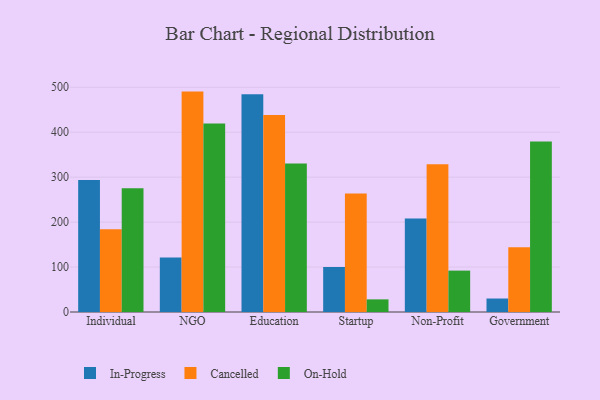
{"axis": {"x": "Segment", "y": "LTV (USD)"}, "legend": ["Cancelled", "In-Progress", "On-Hold"], "data": [{"x": "Individual", "y": 293.6, "type": "In-Progress"}, {"x": "Individual", "y": 183.9, "type": "Cancelled"}, {"x": "Individual", "y": 275.6, "type": "On-Hold"}, {"x": "NGO", "y": 121.1, "type": "In-Progress"}, {"x": "NGO", "y": 490.4, "type": "Cancelled"}, {"x": "NGO", "y": 419.3, "type": "On-Hold"}, {"x": "Education", "y": 484.3, "type": "In-Progress"}, {"x": "Education", "y": 438.2, "type": "Cancelled"}, {"x": "Education", "y": 330.6, "type": "On-Hold"}, {"x": "Startup", "y": 100.0, "type": "In-Progress"}, {"x": "Startup", "y": 263.7, "type": "Cancelled"}, {"x": "Startup", "y": 28.1, "type": "On-Hold"}, {"x": "Non-Profit", "y": 208.2, "type": "In-Progress"}, {"x": "Non-Profit", "y": 328.8, "type": "Cancelled"}, {"x": "Non-Profit", "y": 92.1, "type": "On-Hold"}, {"x": "Government", "y": 30.0, "type": "In-Progress"}, {"x": "Government", "y": 143.8, "type": "Cancelled"}, {"x": "Government", "y": 379.2, "type": "On-Hold"}]}